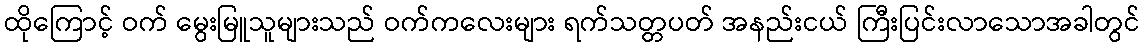
ထိုကြောင့် ဝက် မွေးမြူသူများသည် ဝက်ကလေးများ ရက်သတ္တပတ် အနည်းငယ် ကြီးပြင်းလာသောအခါတွင်